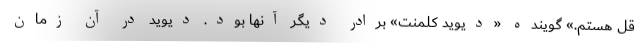
قل هستم.» گوینده «دیوید کلمنت» برادر دیگر آنها بود. دیوید در آن زمان